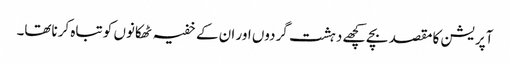
آپریشن کا مقصد بچے کچھے دہشت گردوں اور ان کے خفیہ ٹھکانوں کو تباہ کرناتھا۔